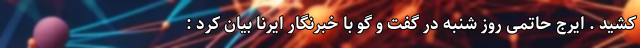
کشید . ایرج حاتمی روز شنبه در گفت و گو با خبرنگار ایرنا بیان کرد :